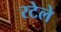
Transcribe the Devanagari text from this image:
रटेले